Bréfritari: Þórarinn Stefánsson
Dagsetning: A-1920-12-28
Skrifað á: Vesturheimi

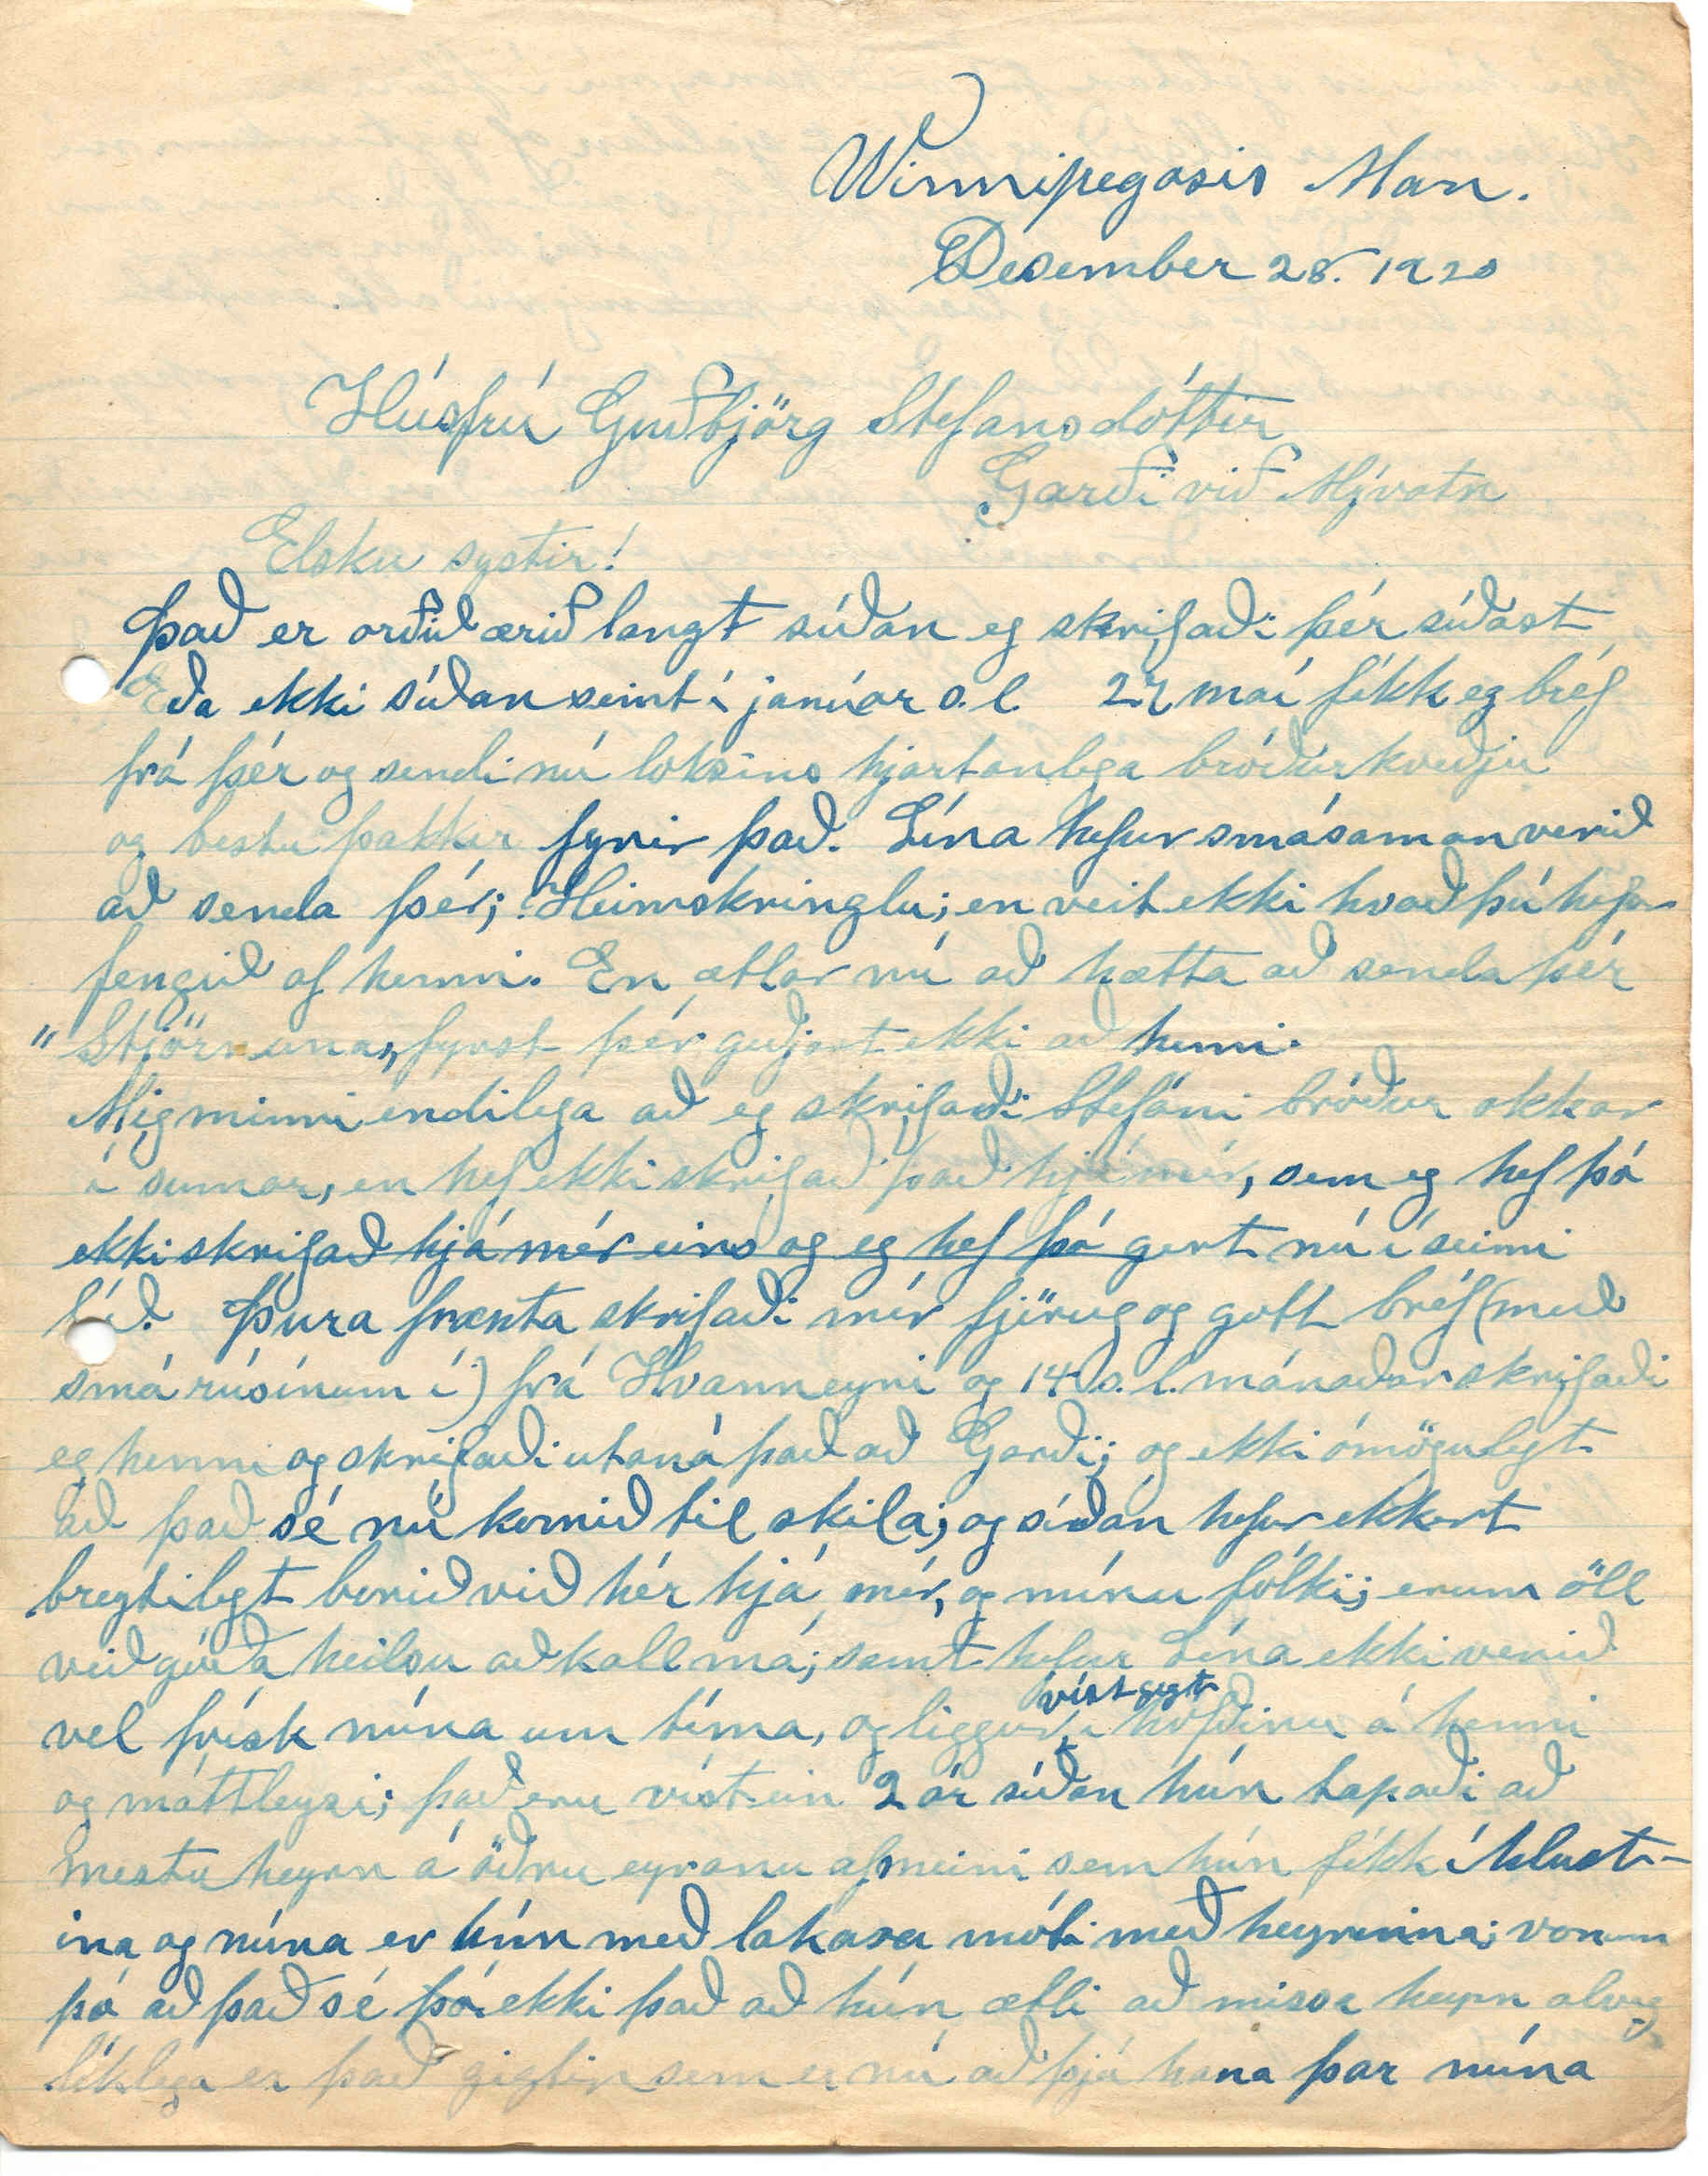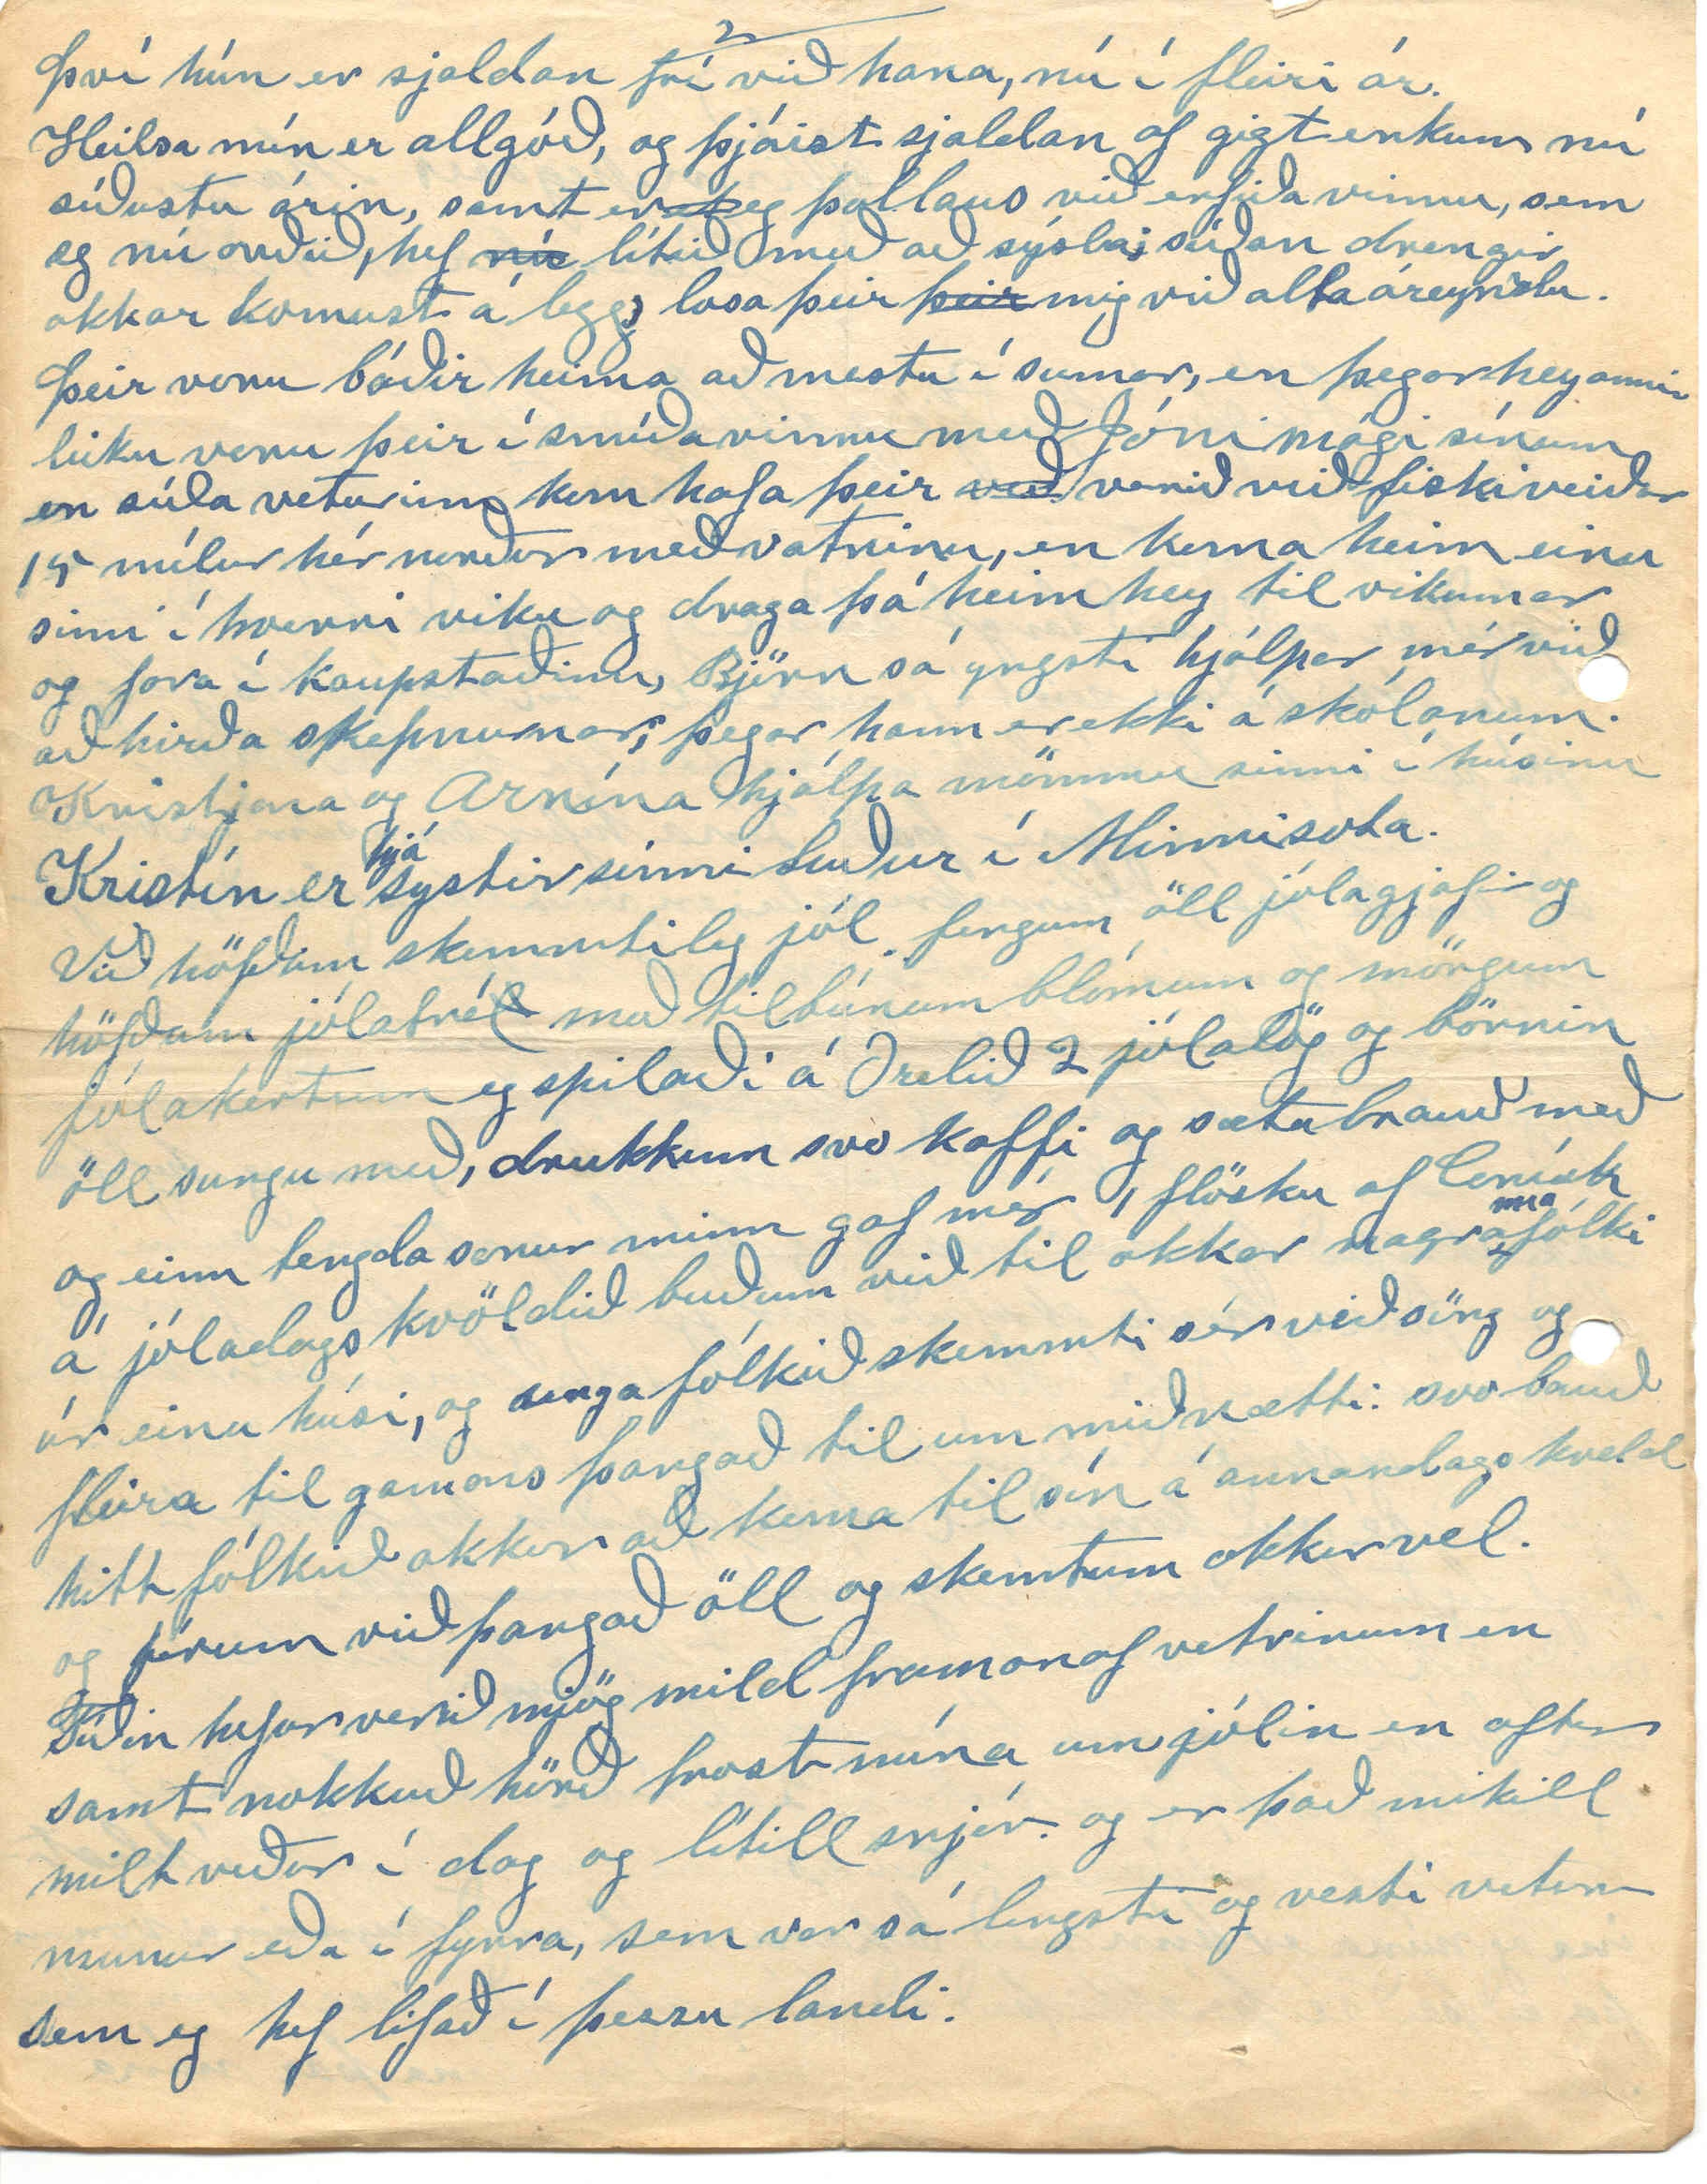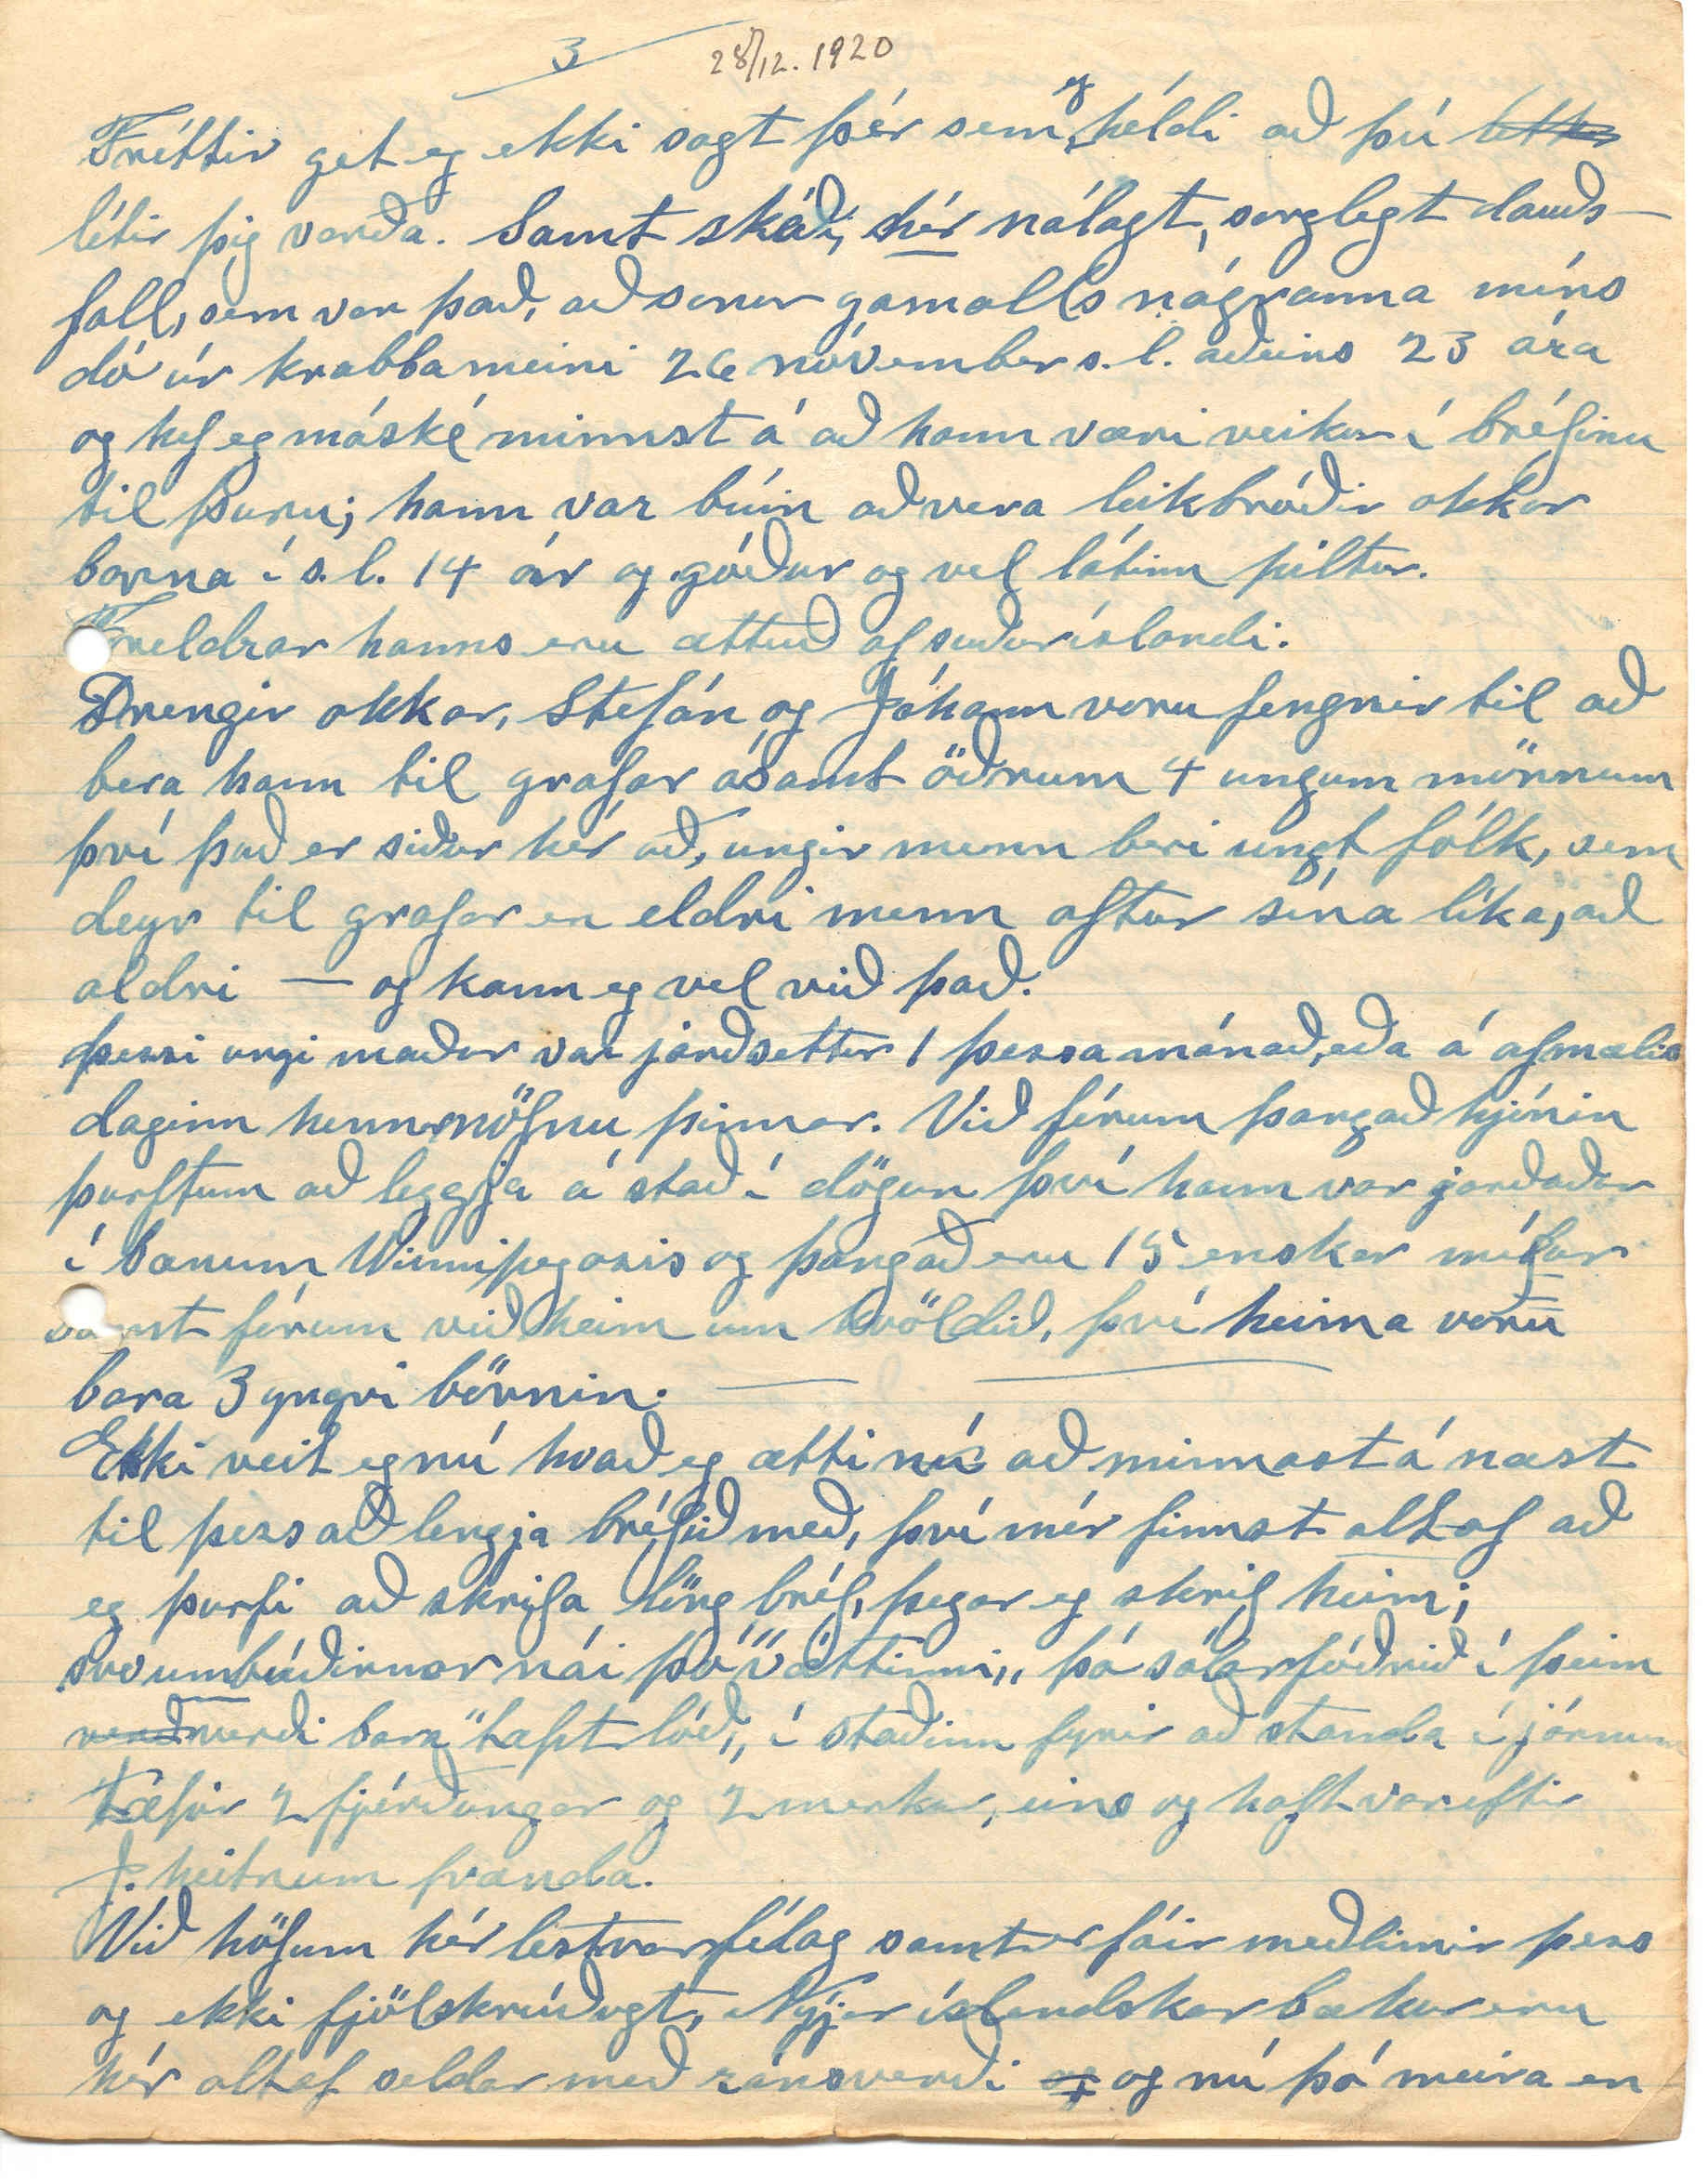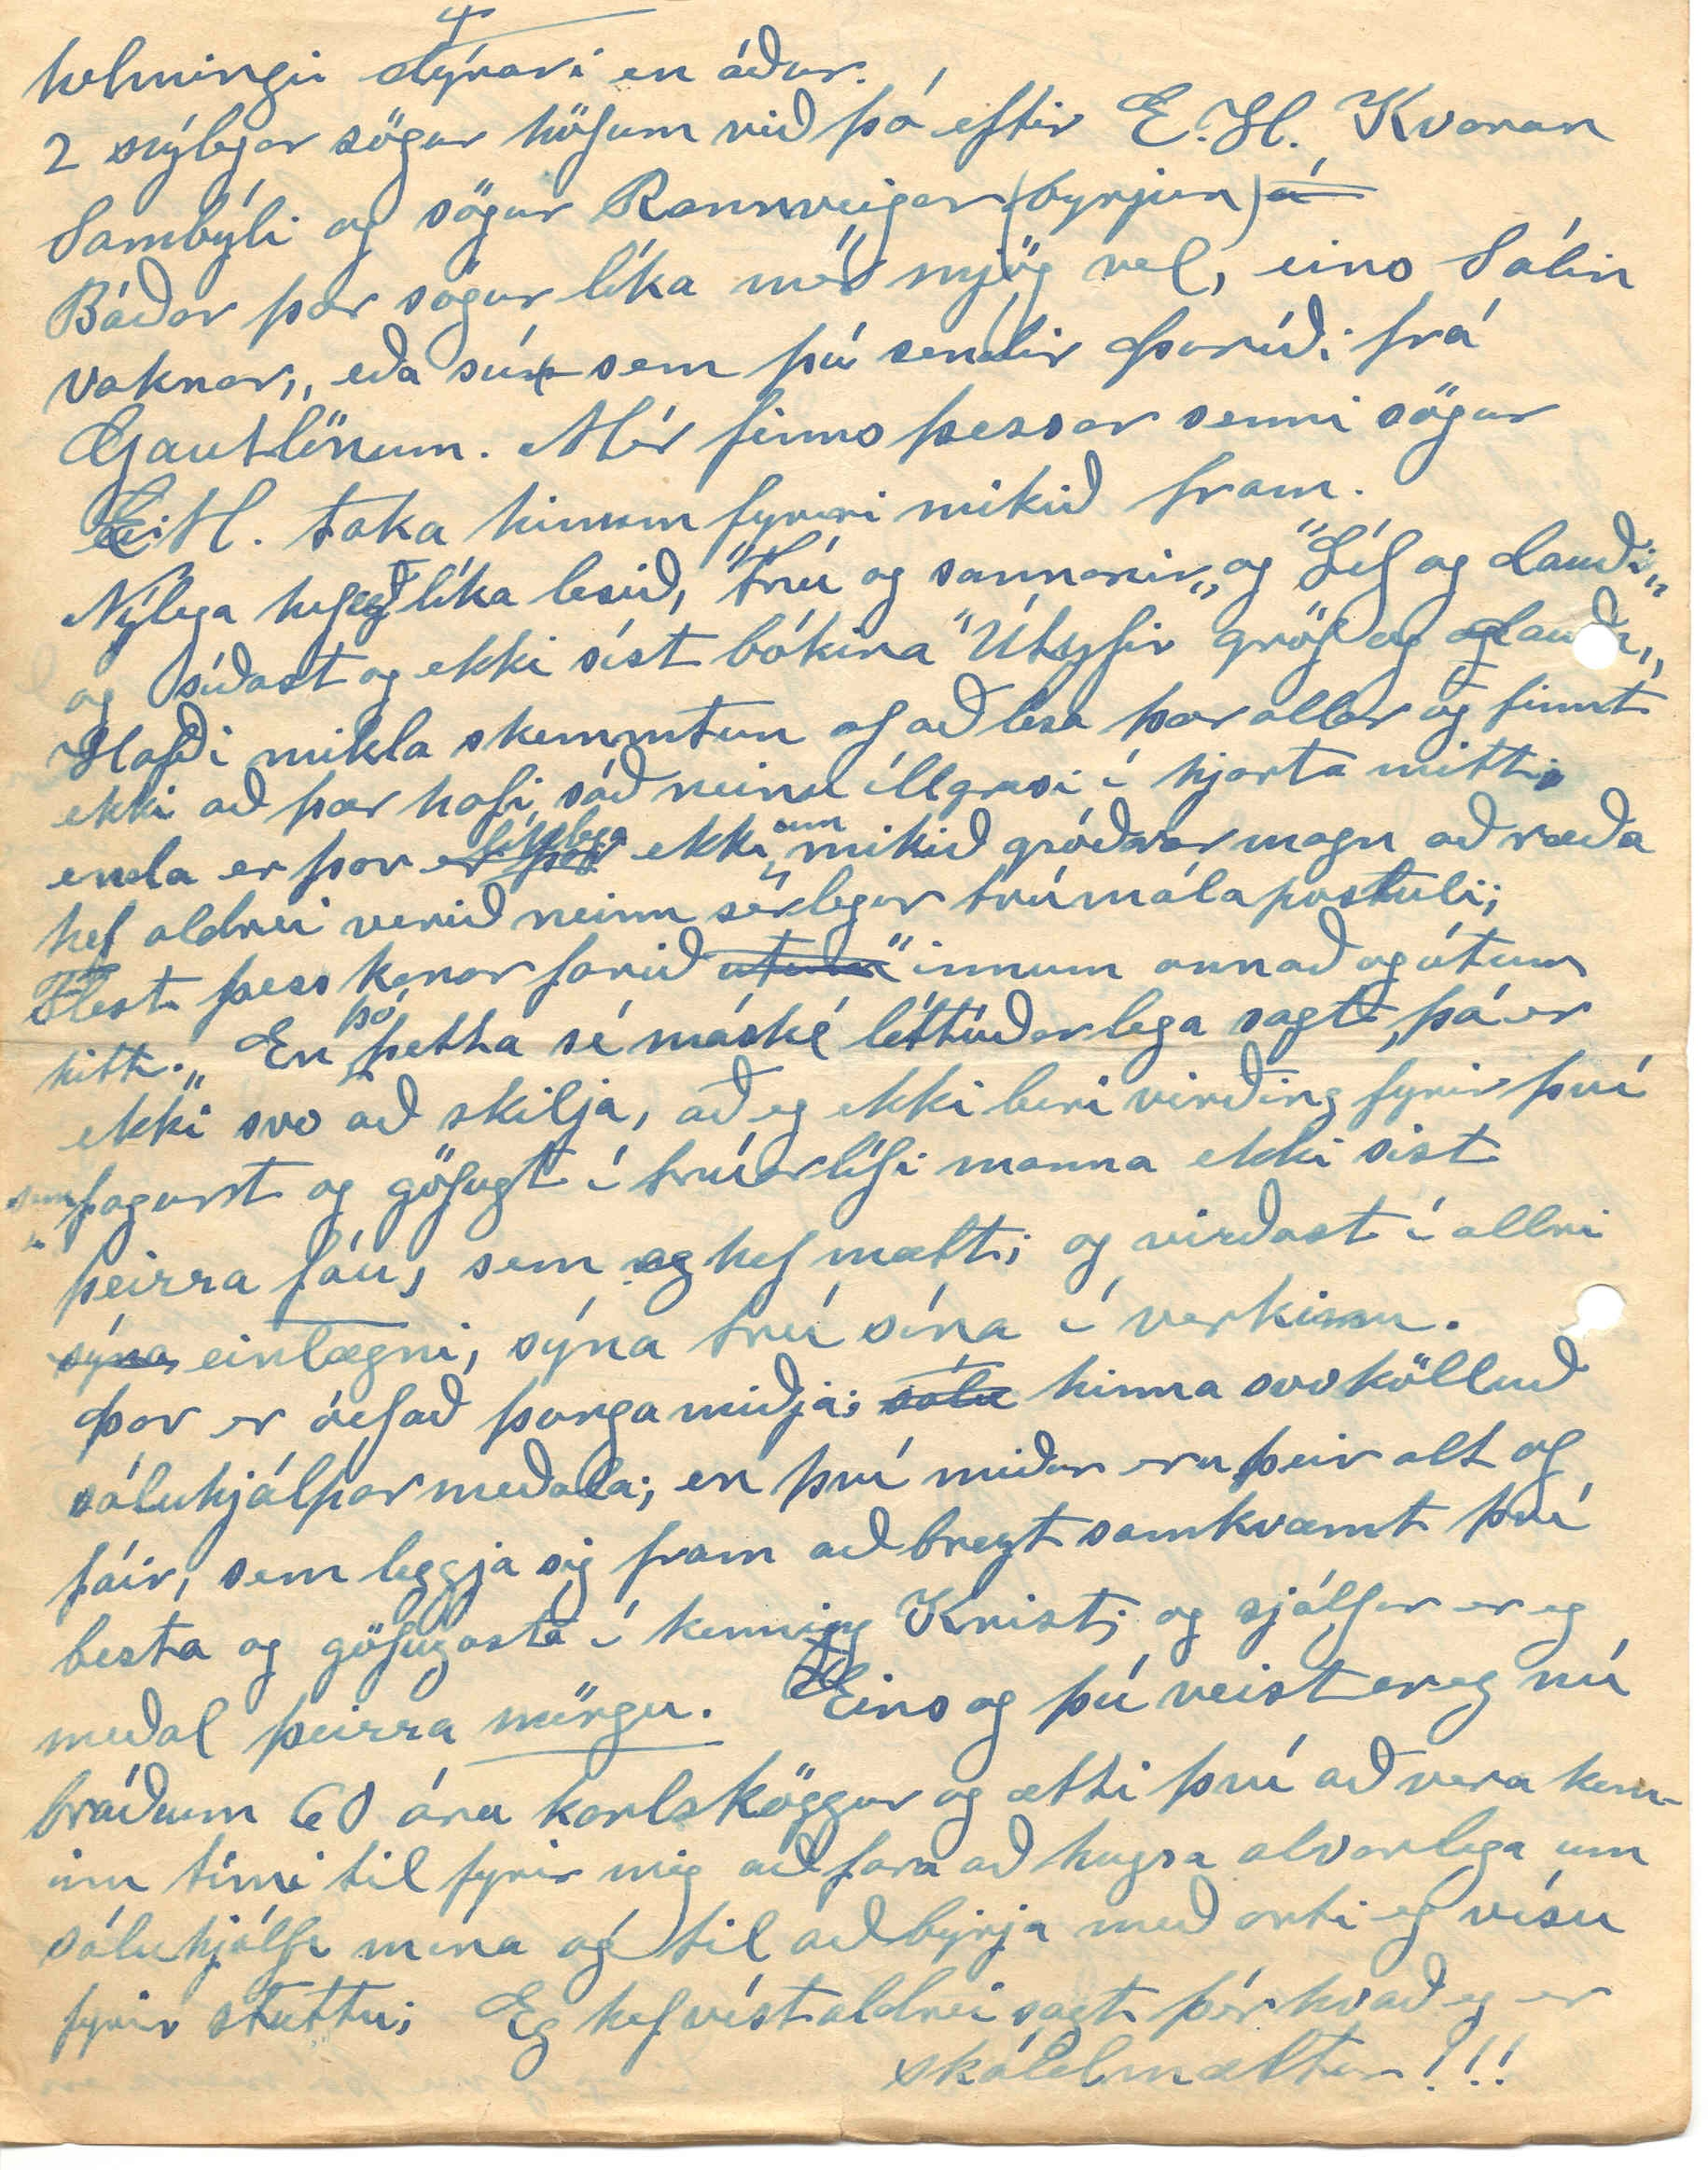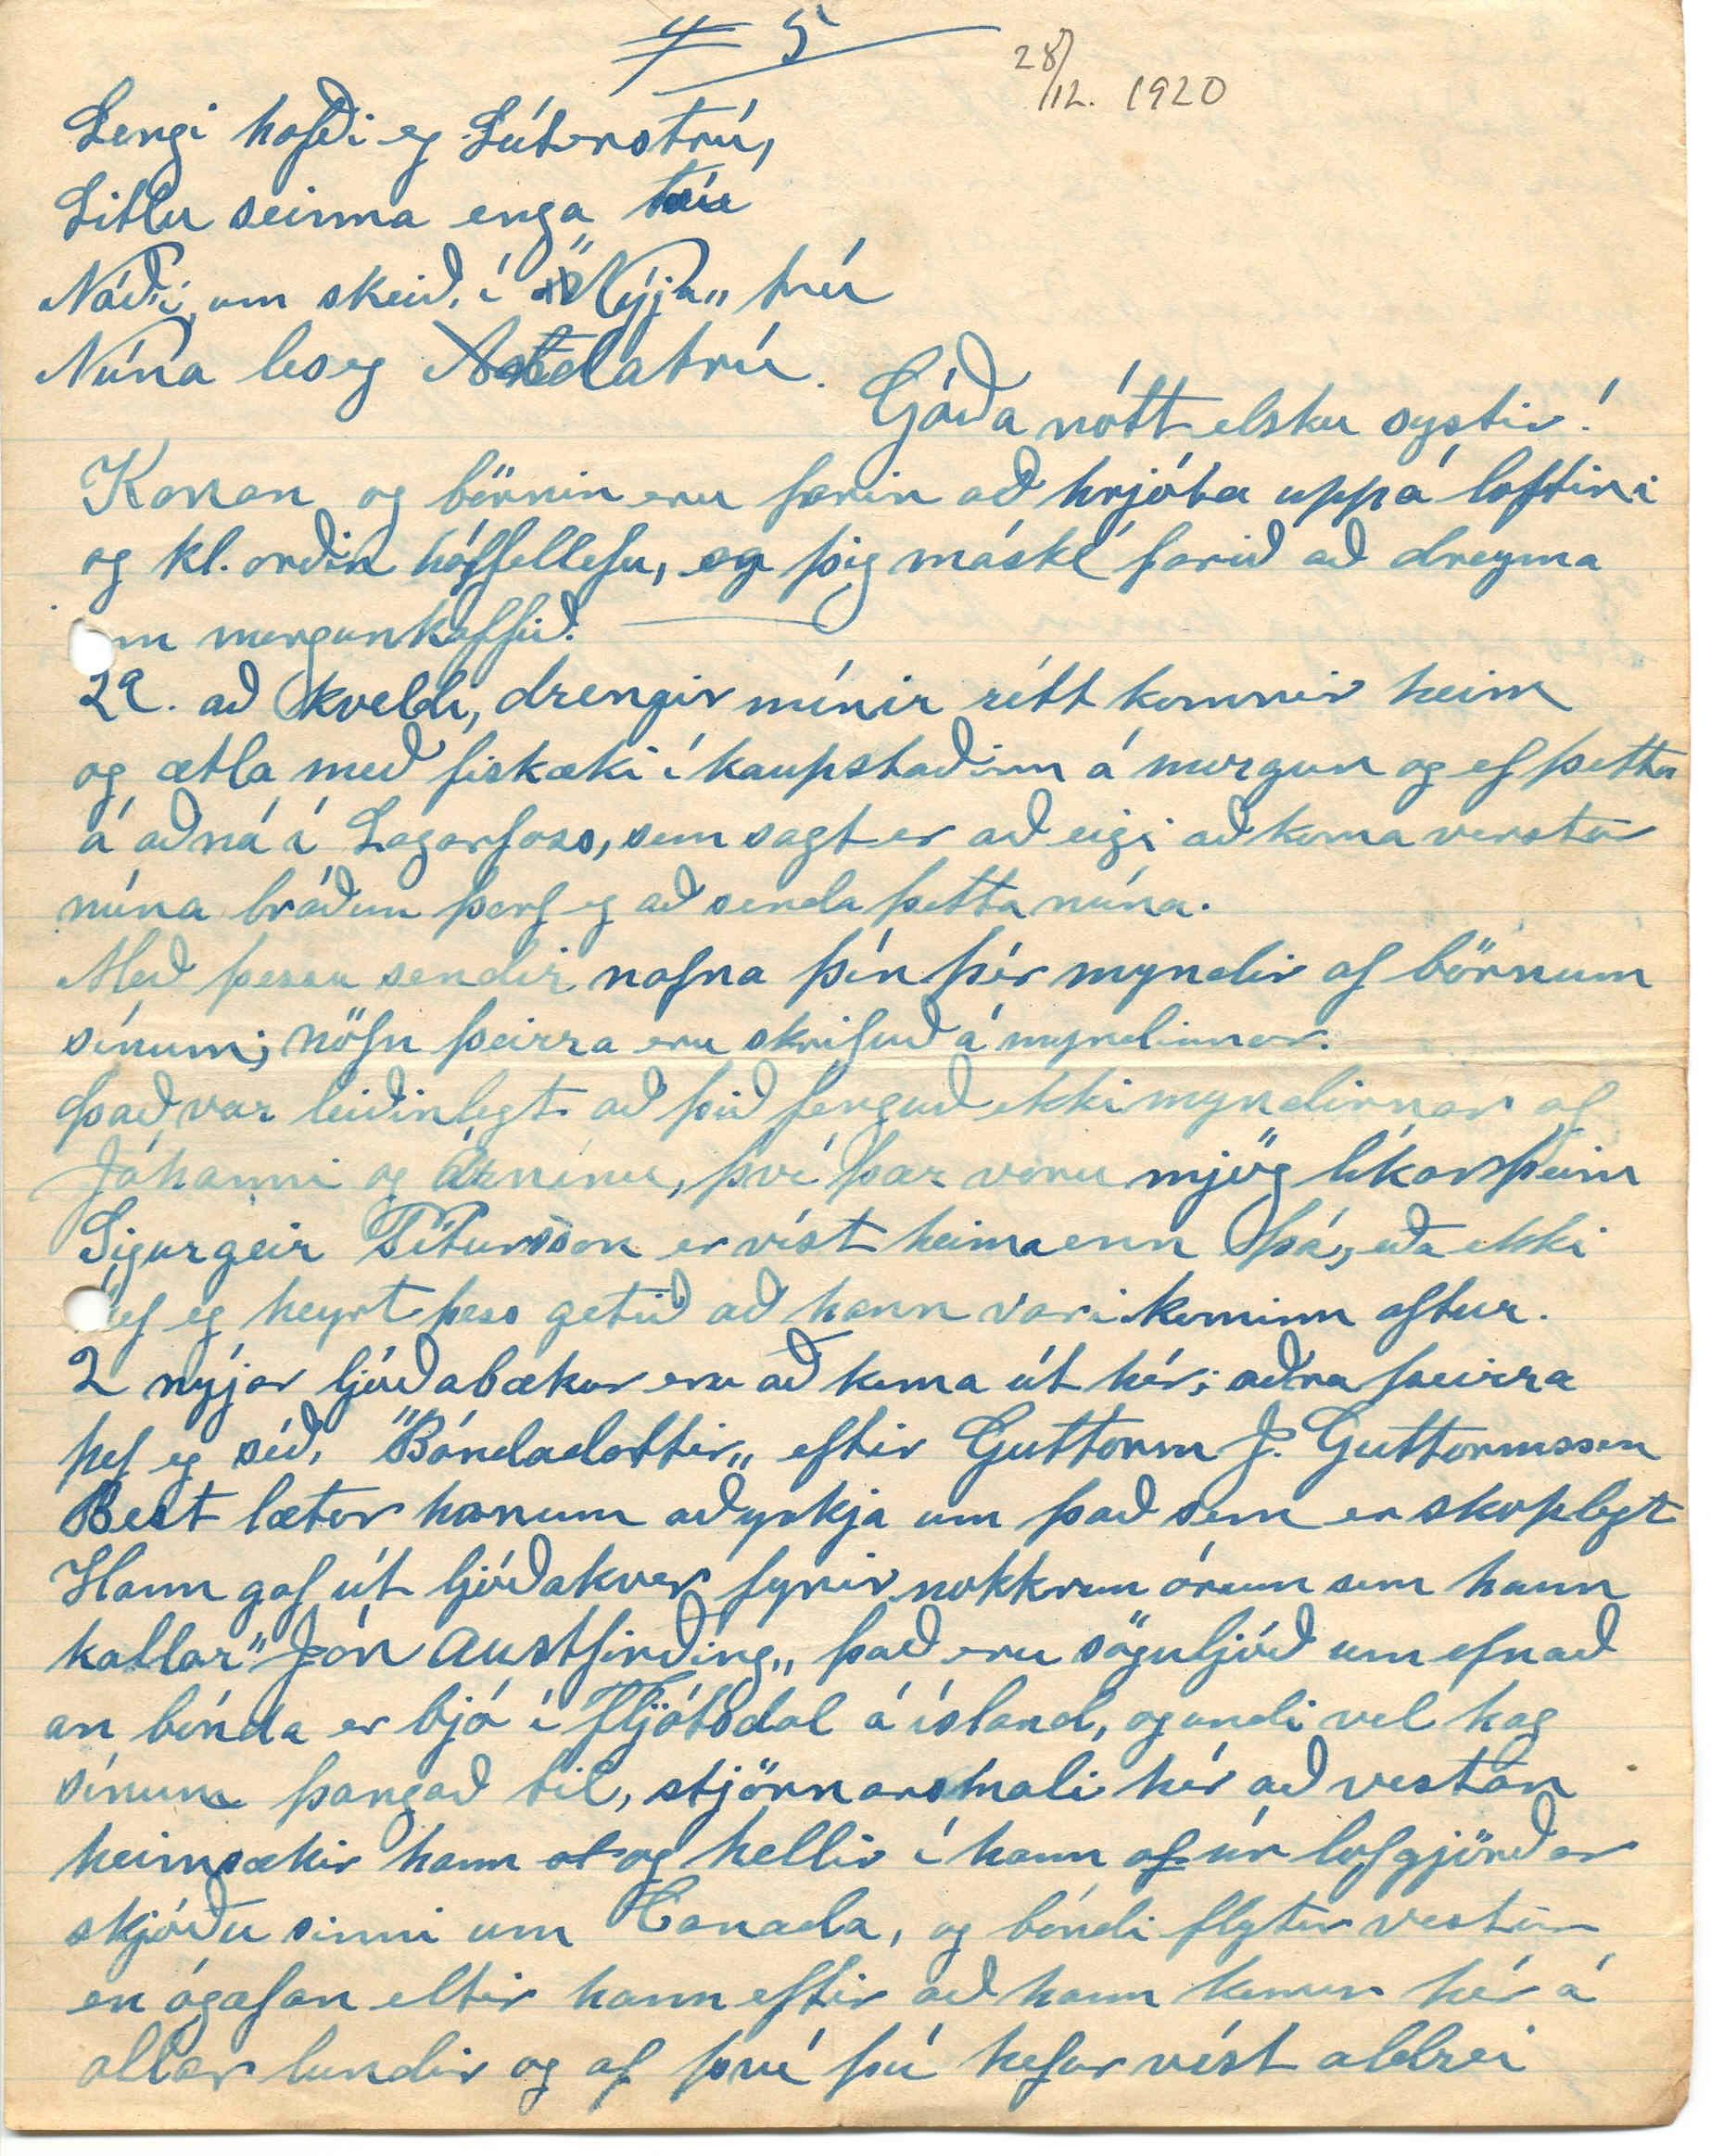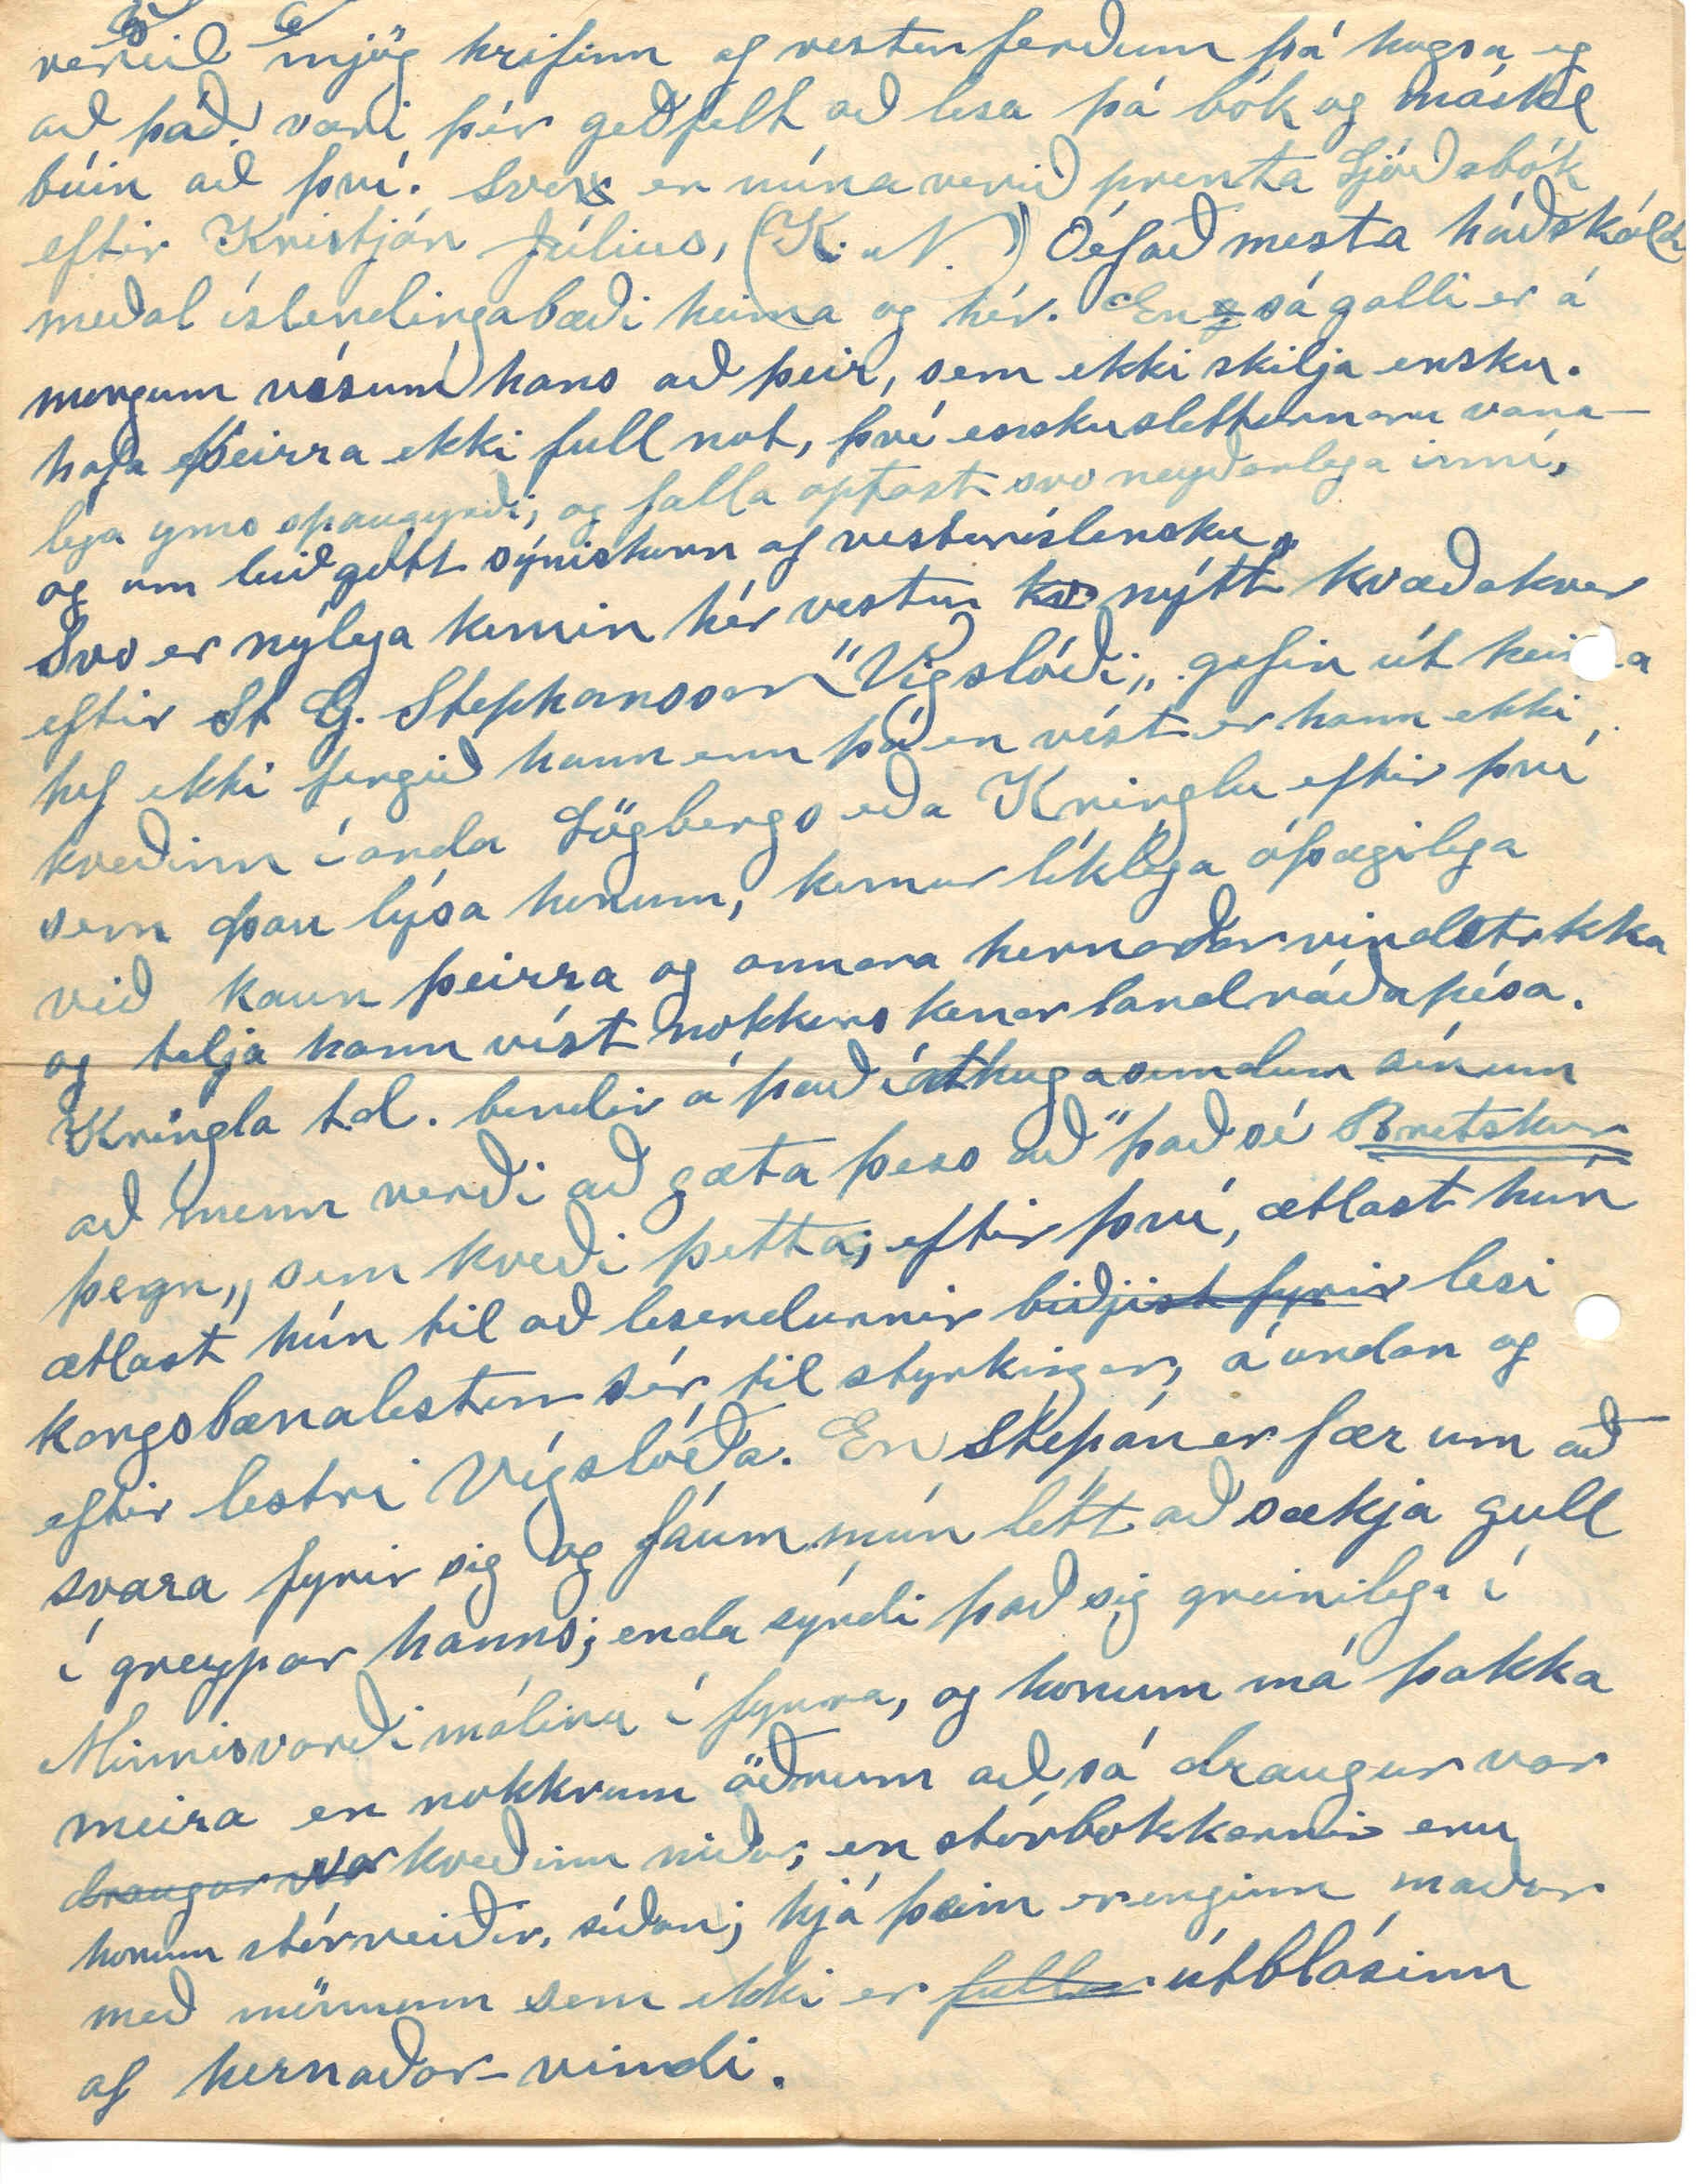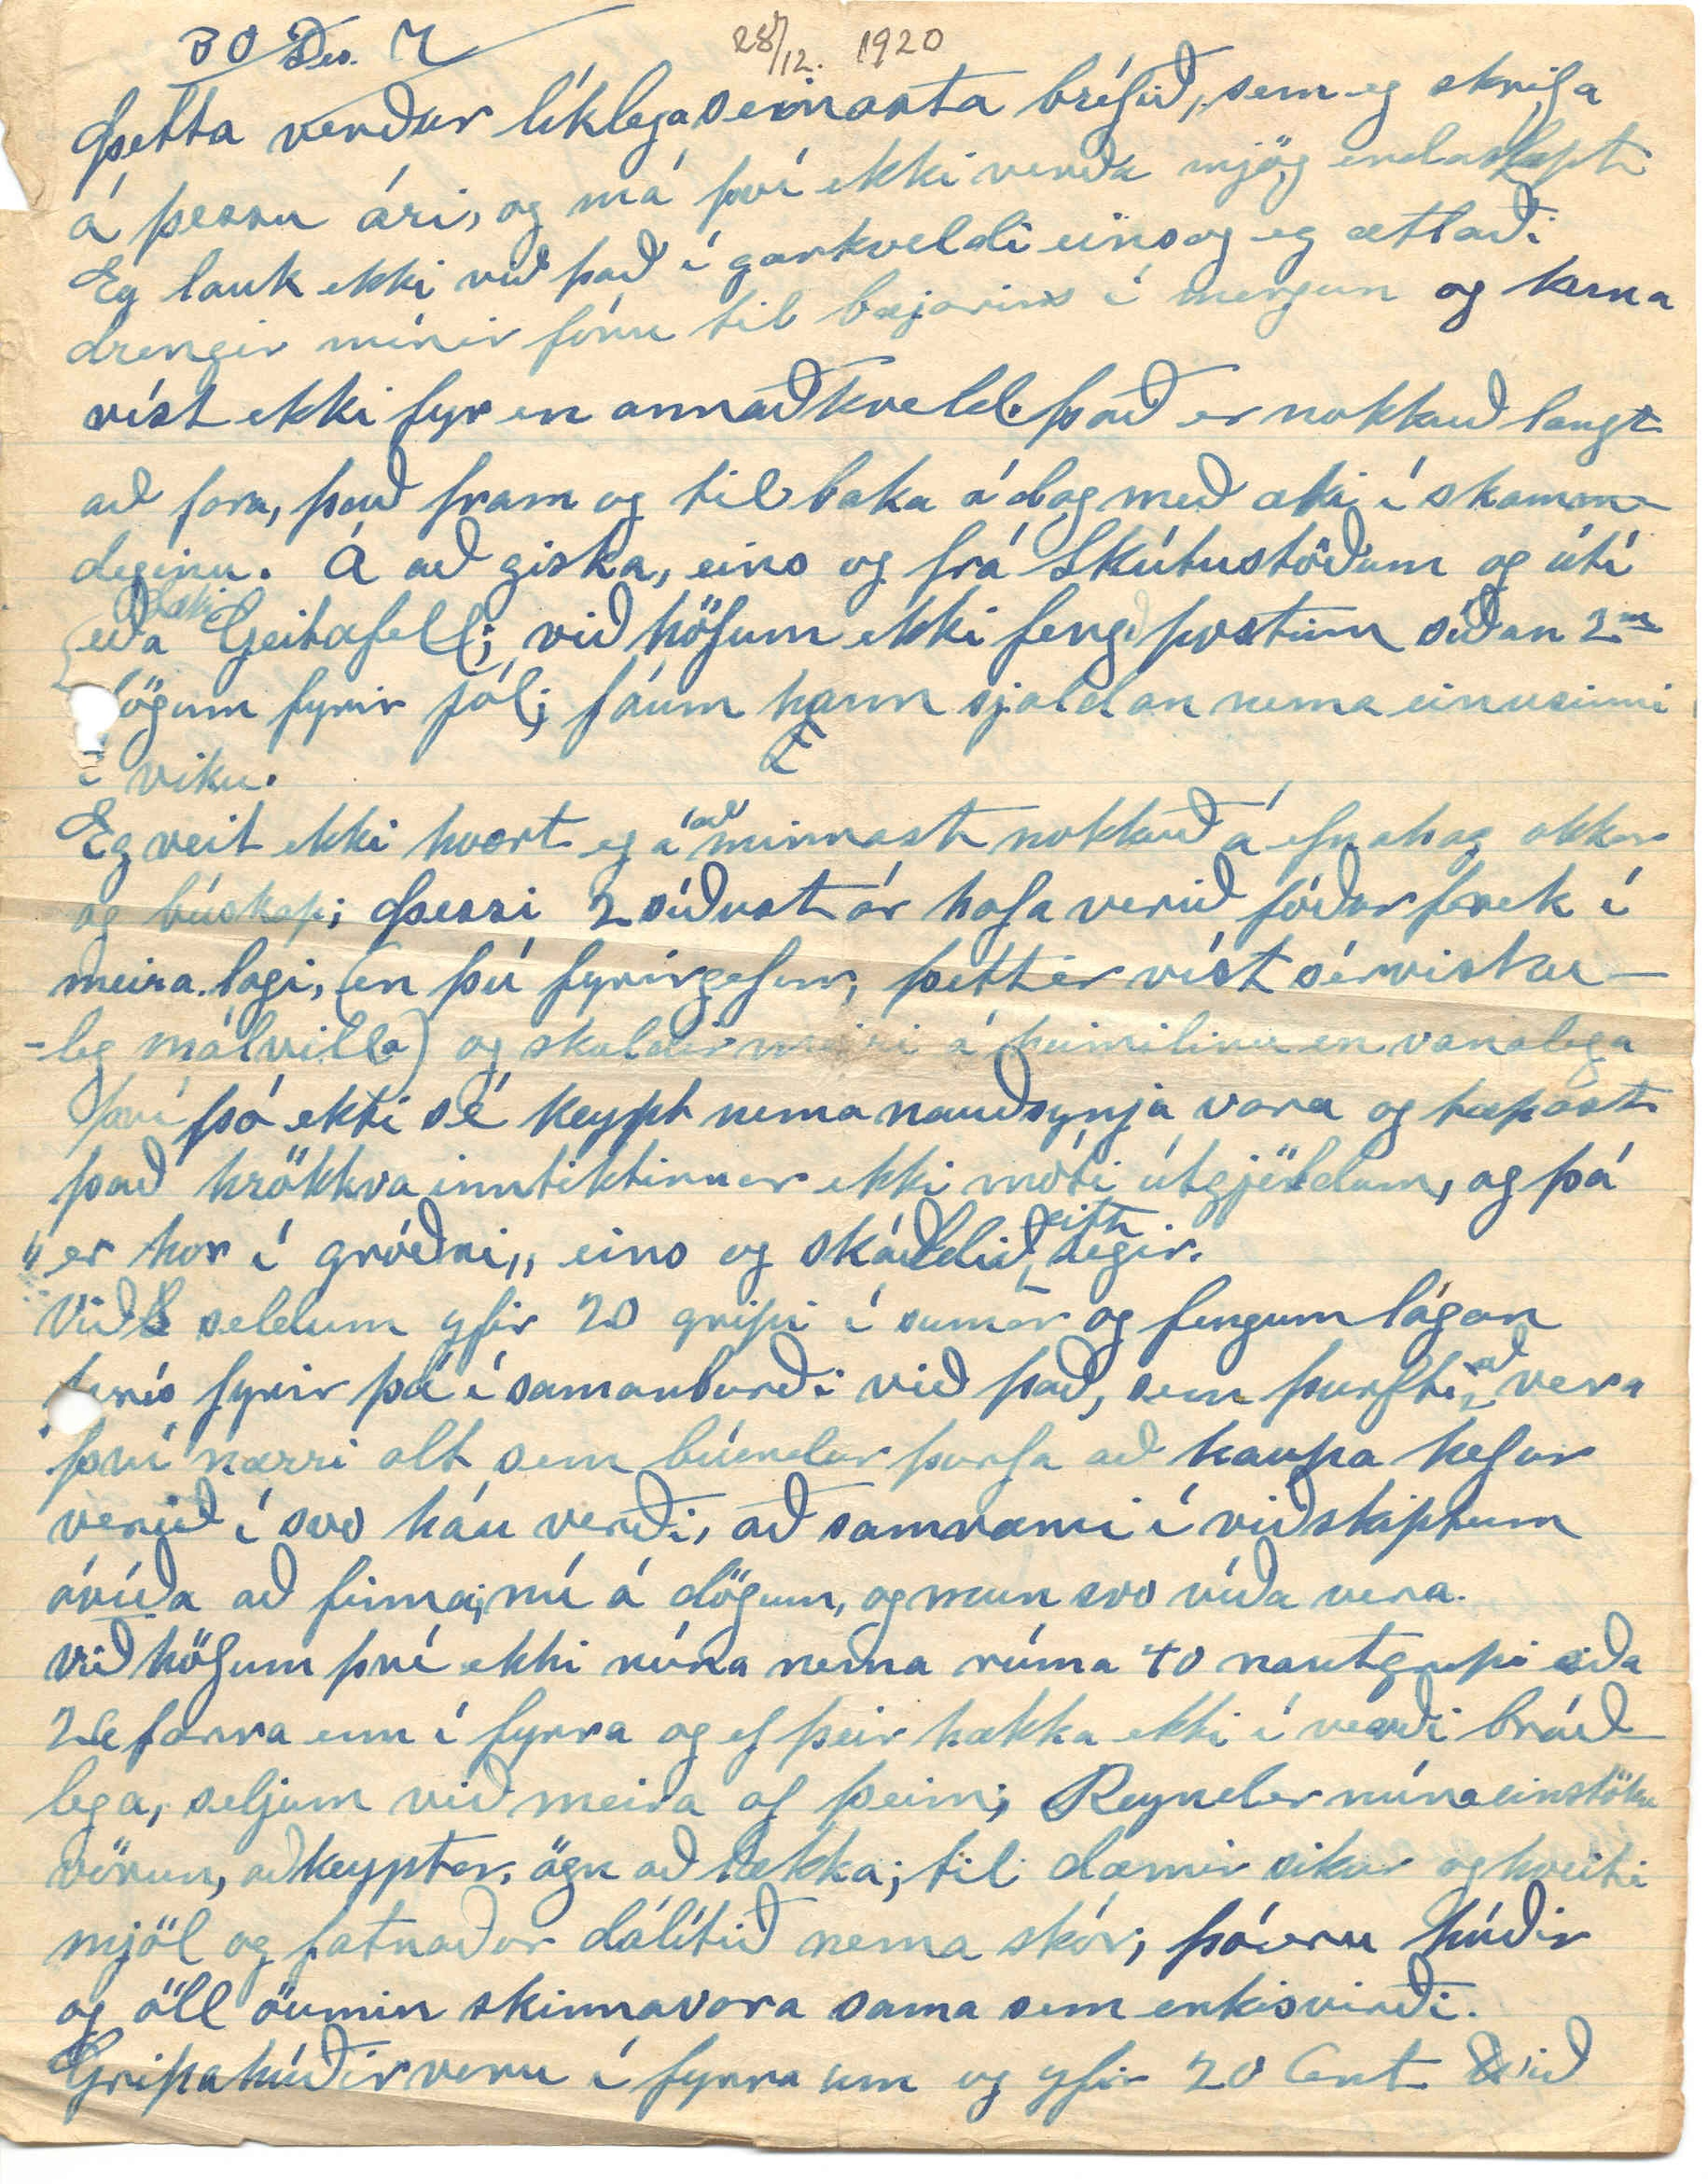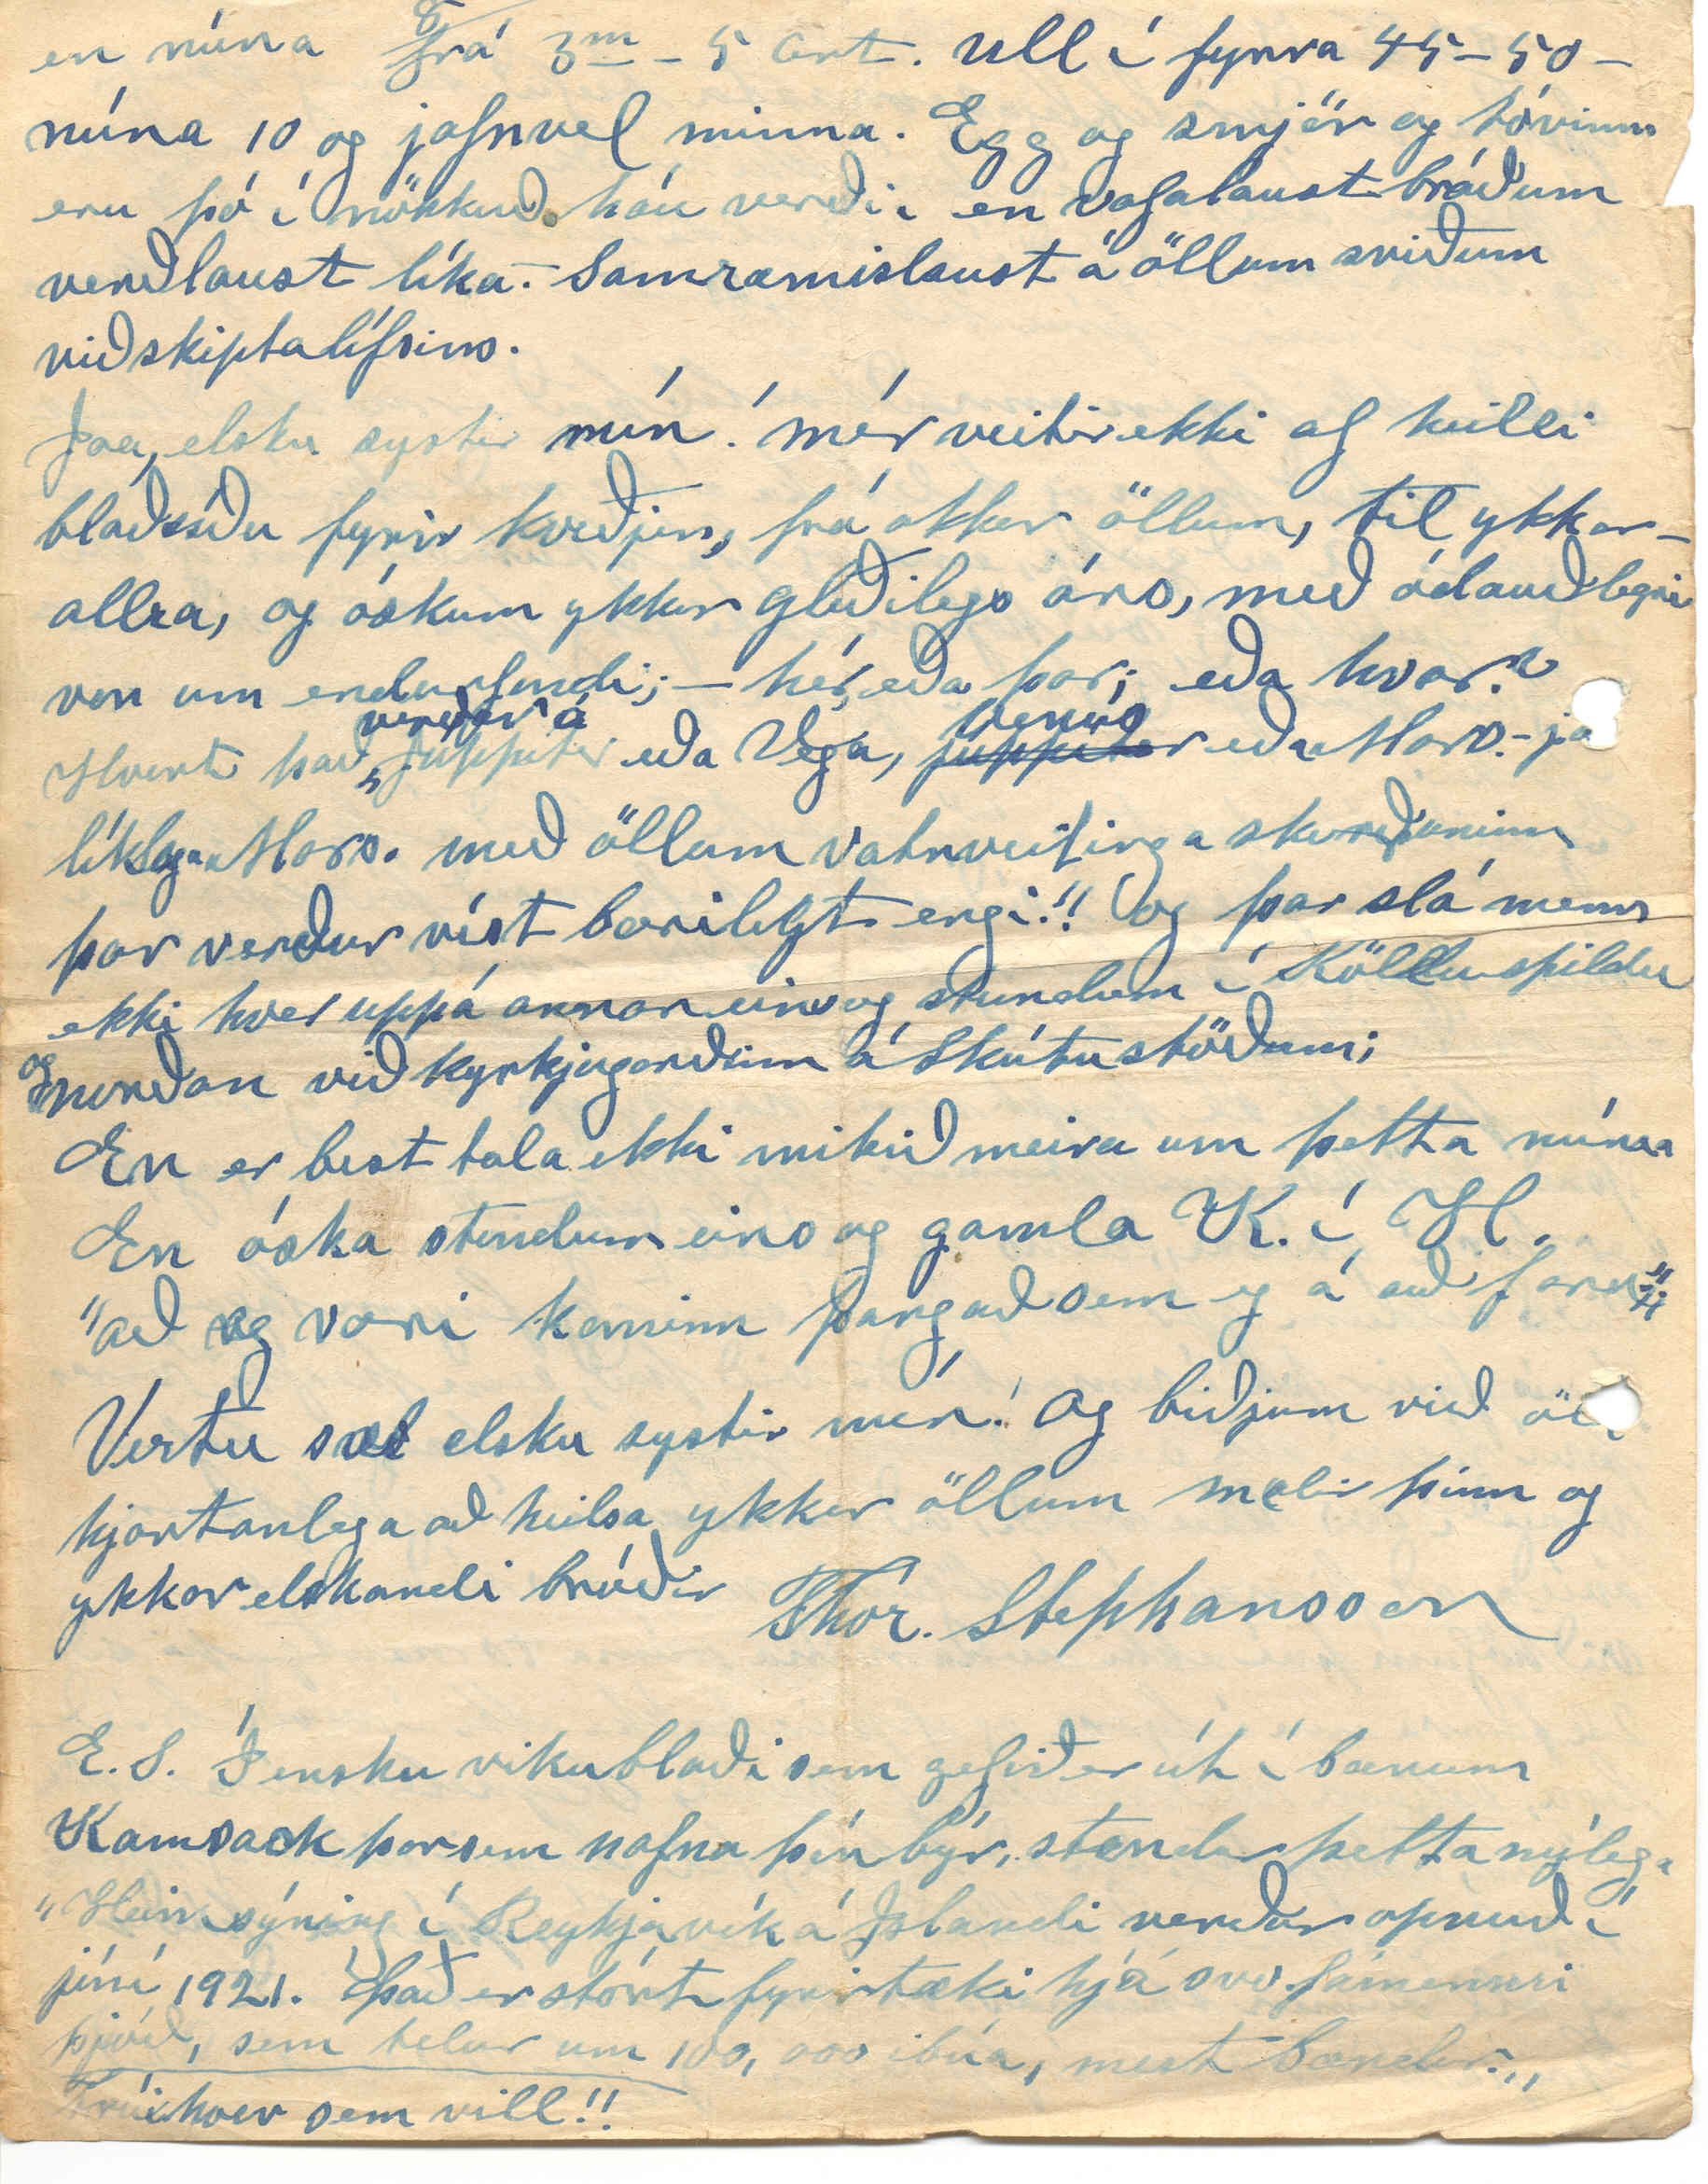

Winnipegosis Man.
Desember 28. 1920
Húsfrú Guðbjörg Stefansdóttir
Garði við Mývatn
Elsku systir!
Það er orðið ærið langt síðan eg skrifaði þér síðast Eða ekki síðan seint í janúar s.l. 27 maí fékk eg bréf frá þér og sendi nú loksins hjartanlega bróðurkveðju og bestu þakkir fyrir það. Lína hefur smásaman verið að senda þér; Heimskringlu; en veit ekki hvað þú hefur fengið af henni. En ætlar nú að hætta að senda þér ”Stjörnuna„ fyrst þér geðjast ekki að henni.
Mig minni endilega að eg skrifaði Stefáni bróður okkar í sumar, en hef ekki skrifað það hjá mér, sem eg hef þó
ekki skrifað hjá mér eins og eg hef þó
gert nú í seinni tíð. Þura frænka skrifaði mér fjörug og gott bréf (með smá rúsínum í) frá Hvanneyri og 14 s.l. mánaðar skrifaði eg henni og skrifaði utaná það að Garði; og ekki ómögulegt að það sé nú komið til skila; og síðan hefur ekkert breytilegt borið við hér hjá mér, og mínu fólki; erum öll við góða heilsu að kall má; samt hefur Lína ekki verið vel frísk núna um tíma, og liggur
víst gigt
í höfðinu á henni og máttleysi; það eru víst ein 2 ár síðan hún tapaði að mestu heyrn á öðru eyranu af meini sem hún fékk í hlustina og núna er hún með lakara móti með heyrnina; vonum þó að það sé
þó
ekki það að hún ætli að missa heyrn alveg líklega er það gigtin sem er nú að þjá hana þar núna
Því hún er sjaldan frí við hana, nú í fleiri ár. Heilsa mín er allgóð, og þjáist sjaldan af gigt enkum nú síðustu árin, samt er
00
eg þollaus við erfiða vinnu, sem eg nú orðið, hef
nú
lítið með að sýsla; síðan drengir okkar komust á legg, losa þeir
þeir
mig við alla áreynslu. Þeir voru báðir heima að mestu í sumar, en þegar heyannir luku voru þeir í smíðavinnu með Jóni mági sínum en síða veturinn kom hafa þeir
veð
verið við fiskiveiðar 15 mílur hér norður með vatninu, en koma heim einu sinni í hverri viku og draga þá heim hey til vikunnar og fara í kaupstaðinn, Björn sá yngsti hjálpar mér við að hirða skepnurnar; þegar hann er ekki á skólanum. Kristjana og Arnína hjálpa mömmu sinni í húsinu Kristín er
hjá
systir sinni Suður í Minnisota.
Við höfðum skemmtileg jól. fengum öll jólagjafir og höfðum jólatré
l
með tilbúnum blómum og mörgum jólakertum eg spilaði á Orelið 2 jólalög og börnin öll sungu með, drukkum svo kaffi og sætabrauð með og einn tengdasonur minn gaf mér 1 flösku af Coníak á jóladagskvöldið buðum við til okkar nagra
nna
fólki úr einu húsi, og unga fólkið skemmti sér við söng og fleira til gamans þangað til um miðnætti. svo bauð hitt fólkið okkur að koma til sín á annardagskveld og fórum við þangað öll og skemtum okkur vel. Tíðin hefur verið mjög mild framan af vetrinum en samt nokkuð hörð frost núna um jólin en aftur milt veður í dag og lítill snjór. og er það mikill munur eða í fyrra, sem var sá lengsti og vesti vetur sem eg hef lifað í þessu landi.
Fréttir get eg ekki sagt þér sem
eg
héldi að þú
let00
létir þig varða. Samt skéði;
hér
nálægt, sorglegt dauðsfall, sem var það, að sonur gamalls nágranna míns dó úr krabbameini 26 nóvember s.l. aðeins 23 ára og hef eg máské minnst á að hann væri veikur í bréfinu til Þuru; hann var búin að vera leikbróðir okkar barna í s.l. 14 ár og góður og vel látinn piltur. Foreldrar hanns eru ættuð af suðuríslandi.
Drengir okkar, Stefán og Jóhann voru fengnir til að bera hann til grafar ásamt öðrum 4 ungum mönnum því það er siður hér að, ungir menn beri ungt fólk, sem deyr til grafar en eldri menn aftur sína líka, að aldri - og kann eg vel við það.
Þessi ungi maður var jarðsettur 1 þessa mánað, eða á afmælisdaginn hennr nöfnu þinnar. Við fórum þangað hjónin þurftum að leggja á stað í dögun því hann var jarðaður í bænum Winnipegosis og þangað eru 15 enskar mílur
samt
fórum við heim um kvöldið, því heima voru bara 3 yngri börnin.
Ekki veit eg nú hvað eg ætti nú að minnast á næst til þess að lengja bréfið með, því mér finnst
altaf
að eg þurfi að skrifa löng bréf, þegar eg skrif heim; svo
um
búðirnar nái þó ”vættinni„ þó sálarfóðrið í þeim
verð
verði bara ”tæpt lóð„ í staðinn fyrir að standa í
járnum
tæpir 2 fjórðungar og 2 merkur, eins og haft var eftir J. heitnum frænda.
Við höfum hér lestrarfélag samt er fáir meðlimir þess og ekki fjölskrúðugt, Nýjar íslendskar bækur eru hér altaf seldar með ránsverði
og
og nú þó meira en
helmingi dýrari en áður.
2 nýlegar sögur höfum við þó eftir E. H. Kvaran Sambýli og sögur Rannveigar (byrjun)
á
Báðar þær sögur líka mér mjög vel, eins Sálin vaknar„ eða sú
n
sem þú sendir Þuríði frá Gautlönum. Mér finns þessar senni sögur E H. taka hinum fyrri mikið fram.
Nýlega hef e
ð
g líka lesið, ”Trú og sannanir„ og ”Líf og dauði„ og síðast og ekki síst bókina ”Útyfir gröf og
og
dauða„ Hafði mikla skemmtun af að lesa þær allar og finnt ekki að þær hafi sáð neinu íllgresi í hjarta mitt; enda er þar
er þar
líklega ekki
um
mikið gróðrarmagn að ræða hef aldrei verið neinn sérlegur trúmálapostuli; Flest þess konar farið
ut00
”innum annað og útum hitt.„ En
þó
þetta sé máské léttúðarlega sagt, þá er ekki svo að skilja, að eg ekki beri virðing fyrir því
sem er
fagurt og göfugt í trúarlífi manna ekki sist þeirra
fáu,
sem eg hef mætt; og virðast í allri
sýna
einlægni, sýna trú sína í verkinu. Þar er óefað þungamiðja;
sálu
hinna svokölluð sáluhjálparmeðala; en því miður eru þeir alt of fáir, sem leggja sig fram að bregt samkvæmt því besta og göfugasta í kenning Krist; og sjálfur er eg meðal þeirra
mörgu.
Eins og þú veist er eg nú bráðum 60 ára karlsköggur og ætti því að vera kominn tími til fyrir mig að fara að hugsa alvarlega um sáluhjálp mína og til að byrja með orti eg vísu fyrir stuttu; Eg hef víst aldrei sagt þér hvað eg er skáldmæltur!!!
Lengi hafði eg Lúterstrú,
Litlu seinna enga trú
Náð'i, um skeið, í ”Nýja„ trú
Núna les eg A
d
ndatrú.
Góða nótt elsku systir!
Konan og börnin eru farin að hrjóta uppá loftini og kl. orðin hálfellefu, og þig máské farið að dreyma um morgunkaffið.
29. að kveldi, drengir mínir rétt komnir heim og ætla með fiskæki í kaupstaðinn á morgun og ef þetta á að ná í Lagarfoss, sem sagt er að eigi að koma verstur núna bráðum þarf eg að senda þetta núna.
Með þessu sendir nafna þín þér myndir af börnum sínum; nöfn þeirra eru skrifuð á myndirnar.
Það var leiðinlegt að þið fenguð ekki myndirnar af Jóhanni og Árninu, því þær voru mjög líkar þeim
Sigurgeir Pétursson er víst heima enn þá, eða ekki hef eg heyrt þess getið að hann vari kominn aftur.
2 nýjar ljóðabækur eru að koma út hér; aðra þeirra hef eg séð, ”Bóndadottir„ eftir Guttorm J. Guttormsson Best lætur honum að yrkja um það sem er skoplegt Hann gaf út ljóðakver fyrir nokkrum árum sem hann kallar ”Jón Austfirðing„ það eru söguljóð um efnaðan bónda er bjó í Fljótsdal á ísland, og undi vel hag sínum þangað til, stjörnarsmali hér að vestan heimsækir hann
ol
og hellir í hann
af
úr lofgjörðarskjóðu sinni um Canada, og bóndi flytur vestur en ógæfan eltir hann eftir að hann kemur hér á allar lundir og af því þú hefur víst aldrei
verið mjög hrifinn af vesturferðum þá hugsa eg að þ
á
að væri þér geðfelt að lesa þá bók og máské búin að því. Svo
r
er núna verið prenta Ljóðabók eftir Kristján Július, (K. N.) Óefað mesta háðskáld meðal íslendinga bæði heima og hér. En
g
sá galli er á morgum vísum hans að þeir, sem ekki skilja ensku. hafa þeirra ekki full not, því enskusletturn eru vanalega yms spaugyrði; og falla optast svo neyðarlega inní, og um leið gott sýnishorn af vesturílensku
Svo er nýlega komin hér vestur
kv
nýtt kvæðakver eftir St G. Stephansson ”Vigslóði„ gefin út
heima
hef ekki fengið hann enn þá en víst er hann ekki kveðinn í anda Lögbergs eða Kringlu eftir því sem Þau lýsa honum, kemur líklega óþægilega við kaun þeirra og annara hernaðarvindstakka og telja hann víst nokkurs konar landráðapésa. Kringla t.d. bendir á það í athugasemdum sínum að menn verði að gæta þess að ”það sé
Bretskur
þegn„ sem kveði þetta; eftir því, ætlast hún ætlast hún til að lesendurnir
biðjist fyrir
lesi kongsbænalestur sér til styrkingar, á undan og eftir lestri Vígslóða. En Stepán er fær um að svara fyrir sig og fáum mún létt að sækja gull í greypar hanns; enda sýndi það sig greinilega í Minnisvarði málinu í fyrra, og honum má þakka meira en nokkrum öðrum að sá draugur var
draugur
var kveðinn niður; en stórbokkarnir eru honum stórreiðir, síðan; hjá þeim er enginn maður með mönnum sem ekki er
fullur
útblásinn af hernaðar-vindi.
30 Des.
Þetta verður líklega seinasta bréfið, sem eg skrifa á þessu ári, og má því ekki verða mjög endaslept Eg lauk ekki við það í gærkveldi einsog eg ætlaði drengir mínir fóru til bæjarins í morgun og koma víst ekki fyr en annaðkveld. það er nokkuð langt að fara, það fram og til baka á dag með æki í skammdeginu. Á að giska, eins og frá Skútustöðum og útí
Læki
eða Geitafell; við höfum ekki fengð postinn síðan 2
m
dögum fyrir jól; fáum h
j
ann sjaldan nema einusinni í viku.
Eg veit ekki hvort eg á
að
minnast nokkuð á efnahag okkar og búskap; Þessi 2 síðust ár hafa verið fóðurfrek í meira lagi, (en þú fyrirgefur, þett er víst sérviskuleg málvilla) og skuldir meiri á heimilinu en vanalega því þó ekki sé keypt nema nauðsynja vara og tæpast það hrökkva inntektirnar ekki móti útgjöldum, og þá ”er hor í gróðri„ eins og ská
ð
ldið
eitt
segir.
Við
S
seldum yfir 20 gripi í sumar og fengum lágan prís fyrir þá í samanburði við það, sem þurfti
að
vera því nærri alt sem búendur þurfa að kaupa hefur verið í svo háu verði, að samræmi í viðskiptum óvíða að finna; nú á dögum, og mun svo víða vera. Við höfum því ekki núna nema rúma 40 nautgripi eða 26 færra enn í fyrra og ef þeir hækka ekki í verði bráðlega, seljum við meira af þeim; Reynd er núna einstöku vörur, aðkeyptar, ögn að lækka; til dæmir sikur og hveiti mjöl og fatnaður dálítið nema skór; þó eru húðir og öll öumin skinnavara sama sem enkisvirði. Gripahúðir voru í fyrra um og yfir 20 cent
0
ið
en núna frá 3
m
- 5 cent. ull í fyrra 45 - 50 - núna 10 og jafnvel minna. Egg og smjör og tóvinna eru þó í nökkuð háu verði, en vafalaust bráðum verðlaust líka. Samræmislaust á öllum sviðum viðskiptalífsins.
Jæa, elsku systir mín! mér veitir ekki af heilli blaðsíðu fyrir kveðjur, frá okkur öllum, til ykkar- allra, og óskum ykkur gleðilegs árs, með ódauðlegri von um endurfundi; - hér, eða þar; eða hvar? Hvort það
verður á
Júppíter eða Vega,
júppíter
venús eða Mars, -
já
líklega Mars. með öllum vatnveitinga skurðunum þar verður víst bærilegt engi!! og þar slá menn ekki hver uppá annan eins og stundum í Köldu spildu
og
norðan við kyrkjugarðinn á Skútustöðum;
En er best tala ekki mikið meira um þetta núnaa En óska stundum eins og gamla K. í H. ”að eg væri kominn þangað sem eg á að fara!!„
Vertu sæl elsku systir mín! og biðjum við öll hjartanlega að heilsa ykkur öllum mælir þinn og ykkar elskandi bróðir
Thór. Stephansson
E.S. Í ensku vikublaði sem gefið er út í bænum Kamsack þar sem nafna þín býr, stendur þetta nýlega ”Heimsýning í Reykjavík á Islandi verður opnuð í júní 1921. Það er stórt fyrirtæki hjá svo fámennri þjóð, sem telur um 100,000 ibúa, mest bændur.„
Trúi hver sem vill!!